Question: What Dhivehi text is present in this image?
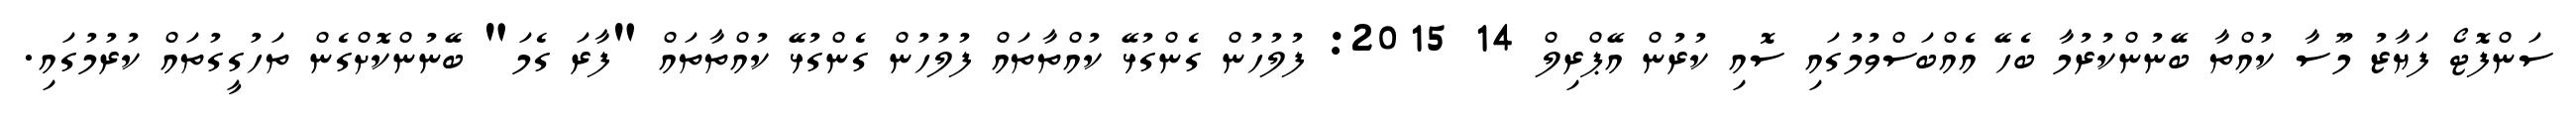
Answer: ސަންފޮޓޯ ފަޔާޒު މޫސާ ކުއްތާ ބޭނުންކުރުމާ ބެހޭ އެއްބަސްވުމުގައި ސޮއި ކުރުން އޭޕްރިލް 14 2015: ފުލުހުން ގެންގުޅޭ ކުއްތާތައް ފުލުހުން ގެންގުޅޭ ކުއްތާތައް "ފާރަ ގެމަ" ބޭނުންކޮށްގެން ތަހުގީގުތައް ކުރުމުގައި.